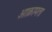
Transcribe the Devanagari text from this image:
आक्रामता